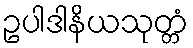
ဥပါဒါနိယသုတ္တံ